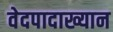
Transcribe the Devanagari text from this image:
वेदपादाख्यान